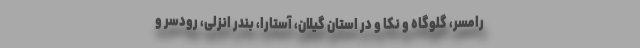
رامسر، گلوگاه و نکا و در استان گیلان، آستارا، بندر انزلی، رودسر و